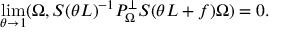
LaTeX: \operatorname * { l i m } _ { \theta \to 1 } ( \Omega , S ( \theta { \cal L } ) ^ { - 1 } P _ { \Omega } ^ { \bot } S ( \theta { \cal L } + f ) \Omega ) = 0 .